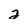
Character: 2